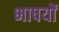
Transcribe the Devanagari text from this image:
भाषयों